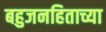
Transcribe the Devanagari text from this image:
बहुजनहिताच्या